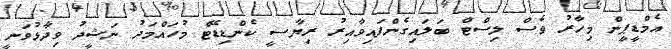
އެމްޑީޕީން މިހާރު ވެސް ލިސްޓް ބަލައިގެންފައިވާއިރު ރިޔާސީ ކެންޑިޑޭޓް މުހައްމަދު ނަޝީދު ވިދާޅުވަނީ